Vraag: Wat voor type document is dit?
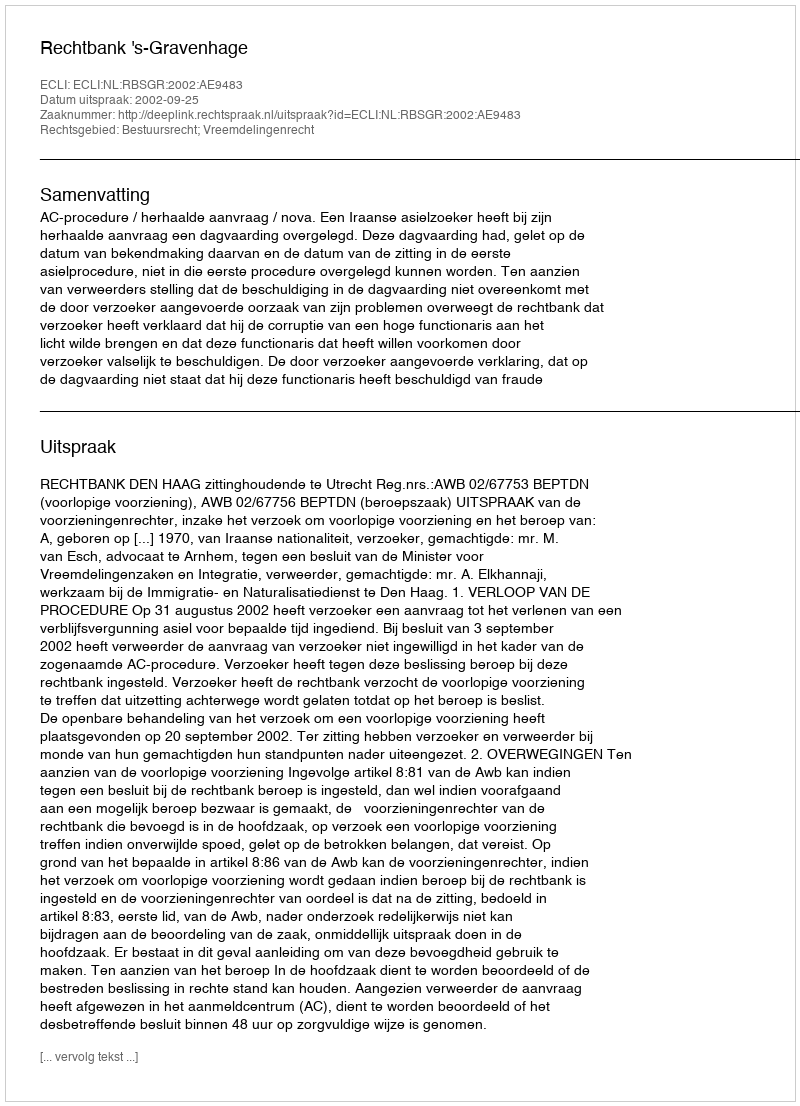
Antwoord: Uitspraak